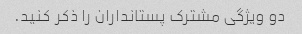
دو ویژگی مشترک پستانداران را ذکر کنید.